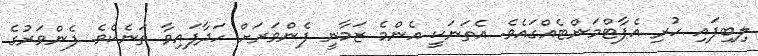
ލިބިފައި ހުރި އެޕާޓްމަންޓެއްގައެވެ. އެތަނަކީ އެންމެ ޒަމާނީ ފެންވަރަށް ހަދާފައިވާ ތަނެކެވެ. ފެންވަރުގެ